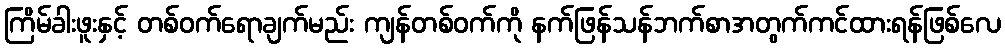
ကြိမ်ခါးဖူးနှင့် တစ်ဝက်ရောချက်မည်း ကျန်တစ်ဝက်ကို နက်ဖြန်သန်ဘက်စာအတွက်ကင်ထားရန်ဖြစ်လေ